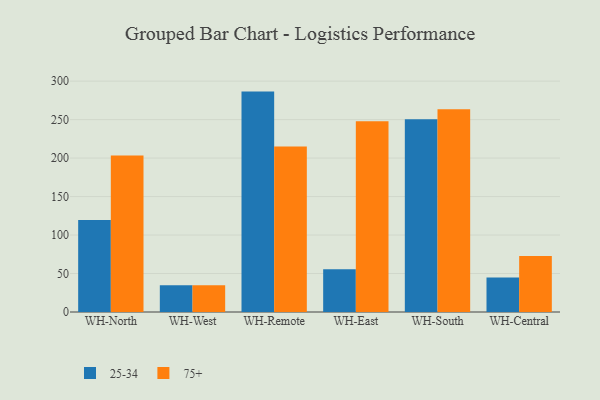
{"axis": {"x": "Warehouse", "y": "Humidity (%)"}, "legend": ["25-34", "75+"], "data": [{"x": "WH-North", "y": 119.5, "type": "25-34"}, {"x": "WH-North", "y": 203.4, "type": "75+"}, {"x": "WH-West", "y": 34.6, "type": "25-34"}, {"x": "WH-West", "y": 34.9, "type": "75+"}, {"x": "WH-Remote", "y": 286.4, "type": "25-34"}, {"x": "WH-Remote", "y": 215.1, "type": "75+"}, {"x": "WH-East", "y": 55.7, "type": "25-34"}, {"x": "WH-East", "y": 247.8, "type": "75+"}, {"x": "WH-South", "y": 250.6, "type": "25-34"}, {"x": "WH-South", "y": 263.6, "type": "75+"}, {"x": "WH-Central", "y": 44.9, "type": "25-34"}, {"x": "WH-Central", "y": 72.9, "type": "75+"}]}